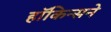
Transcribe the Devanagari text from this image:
हॉकिन्सने